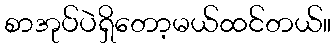
စာအုပ်ပဲရှိတော့မယ်ထင်တယ်။